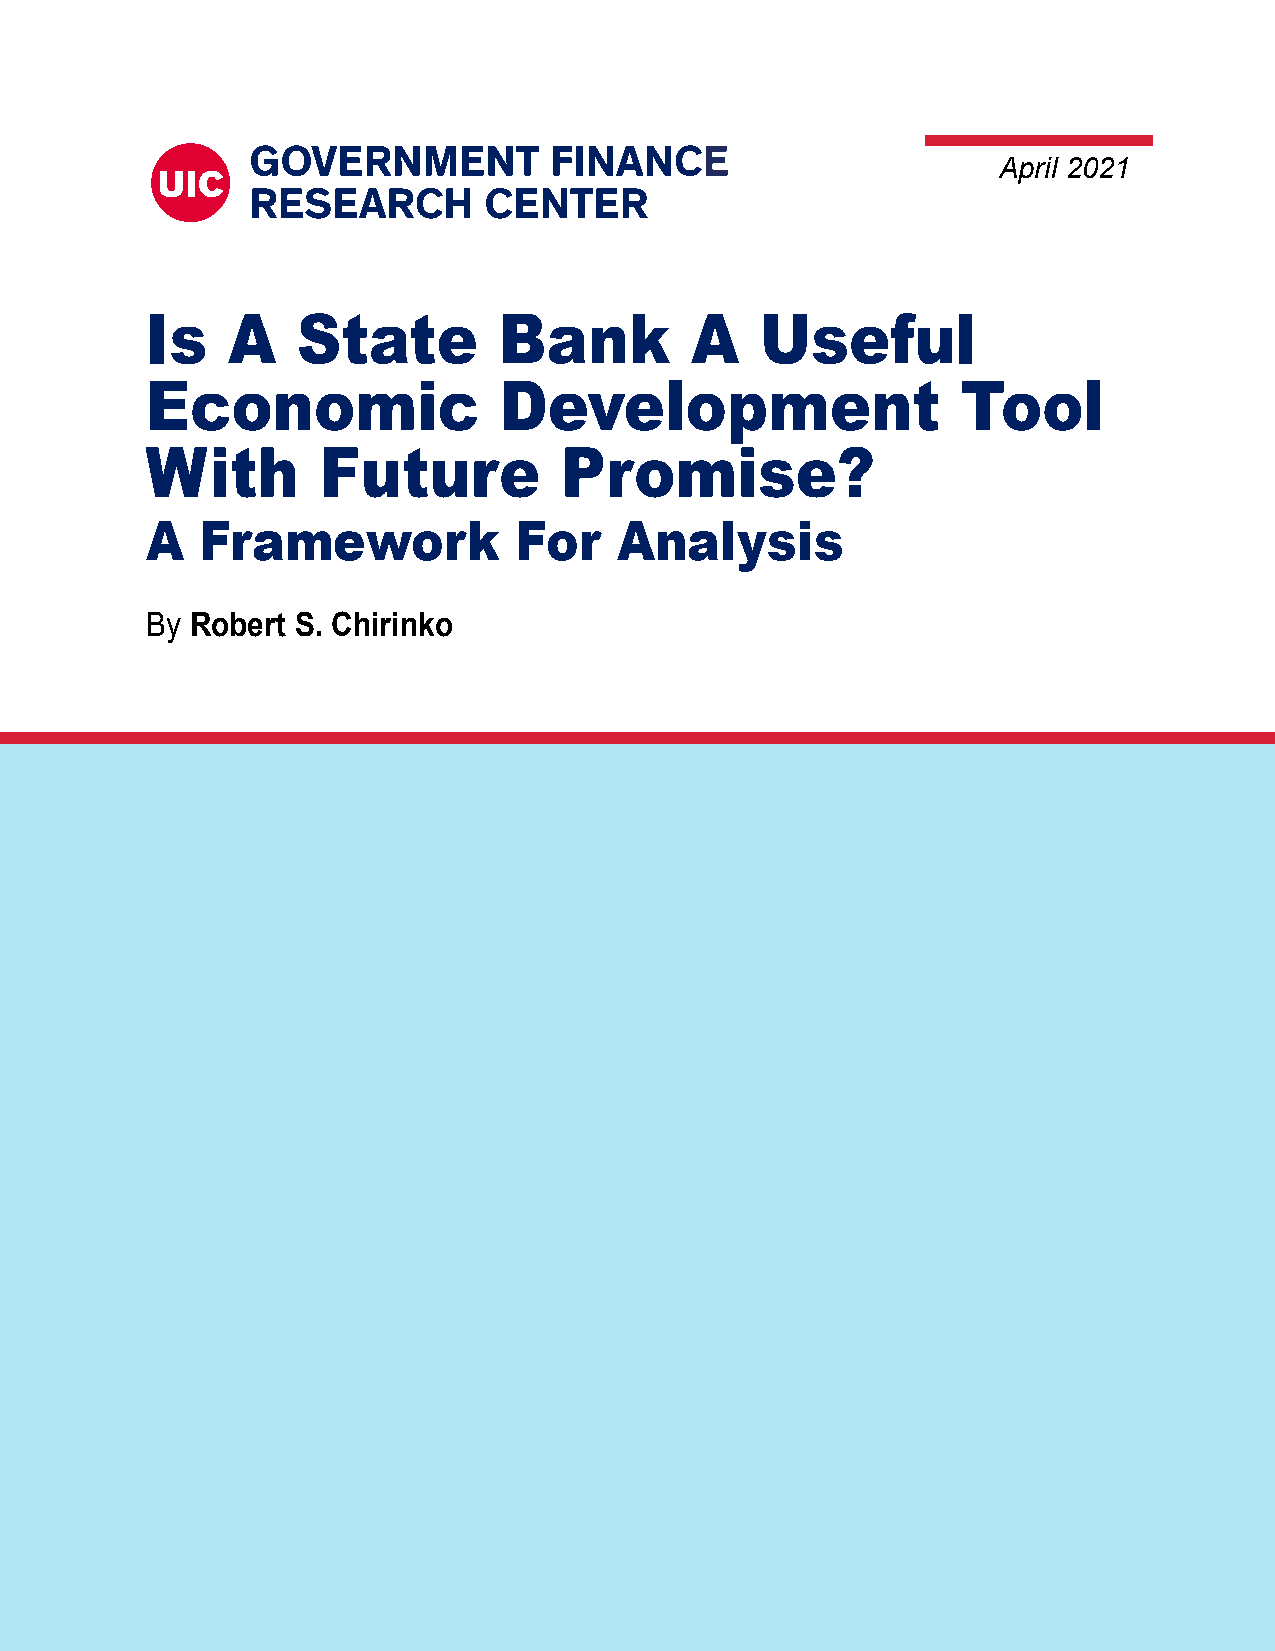
April 2021
 Is   A    State        Bank         A   Useful
 Economic               Development                    Tool
 With       Future          Promise?
 A  Framework            For    Analysis
 By Robert S. Chirinko